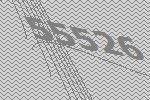
55526